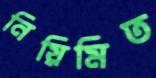
নিয়িমিত